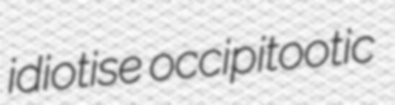
idiotise occipitootic